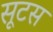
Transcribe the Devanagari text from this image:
सूटस